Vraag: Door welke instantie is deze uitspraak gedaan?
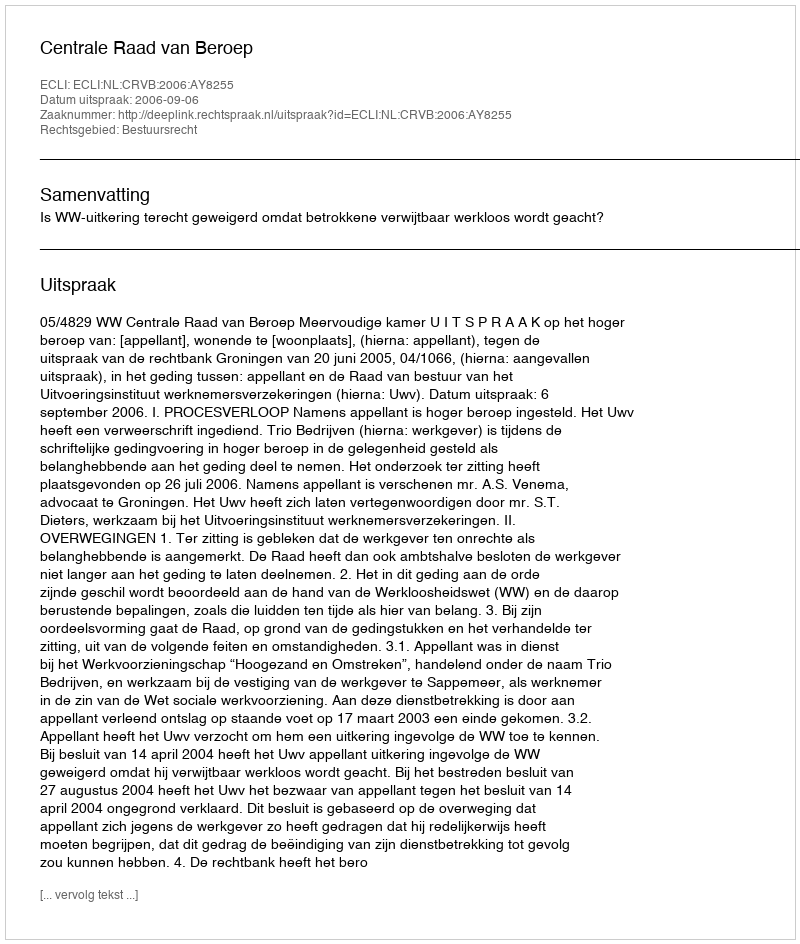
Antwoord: Centrale Raad van Beroep